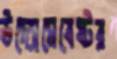
উদ্যোমেবেষ্টর